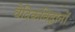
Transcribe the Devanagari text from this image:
वैदिकविद्वानों